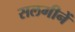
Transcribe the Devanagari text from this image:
सलगीनें